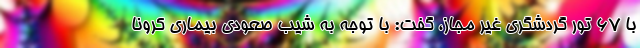
با ۶۷ تور گردشگری غیر مجاز، گفت: با توجه به شیب صعودی بیماری کرونا